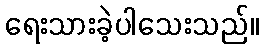
ရေးသားခဲ့ပါသေးသည်။